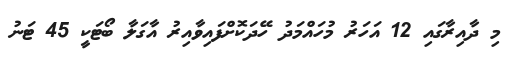
މި ދާއިރާގައި 12 އަހަރު މުހައްމަދު ހޭދަކޮށްފައިވާއިރު އާގަލާ ބޯޓަކީ 45 ޓަނު